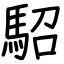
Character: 駋